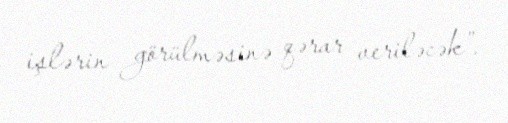
işlərin görülməsinə qərar veriləcək”.